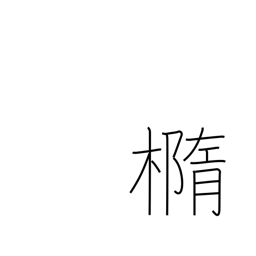
Meaning: ellipse